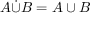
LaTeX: A { \dot { \cup } } B = A \cup B